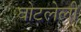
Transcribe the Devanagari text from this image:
घोटलेली